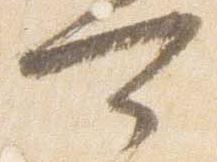
可